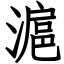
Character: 滬